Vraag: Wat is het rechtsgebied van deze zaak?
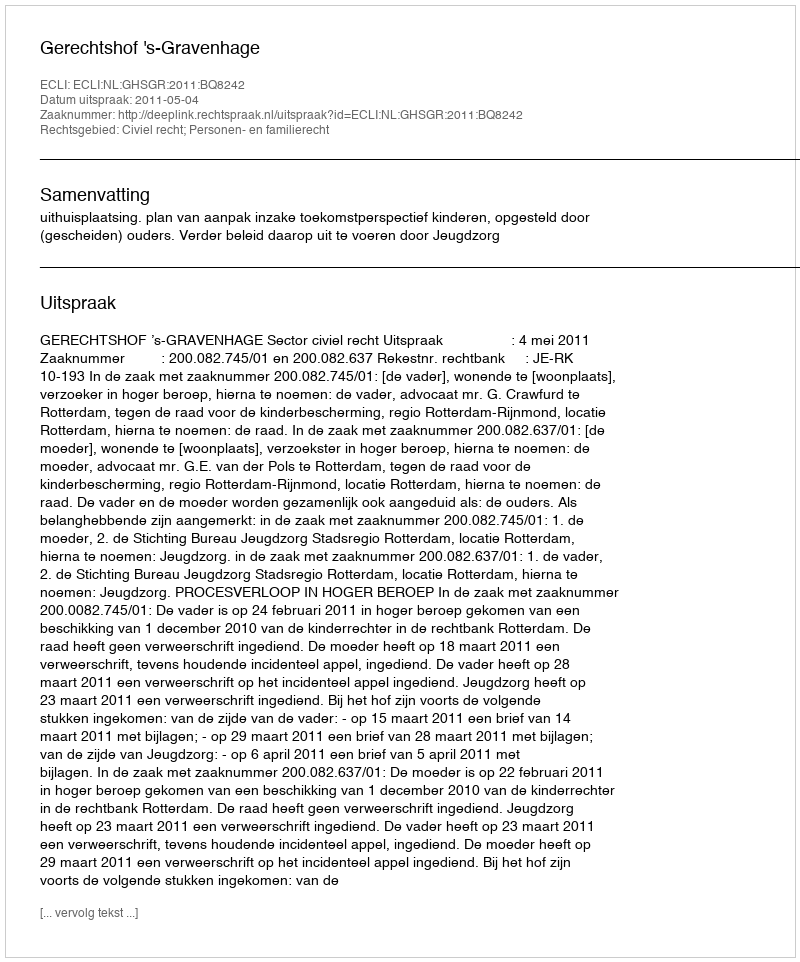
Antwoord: Civiel recht; Personen- en familierecht